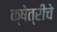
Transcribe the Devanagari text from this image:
क्षेत्रीचे